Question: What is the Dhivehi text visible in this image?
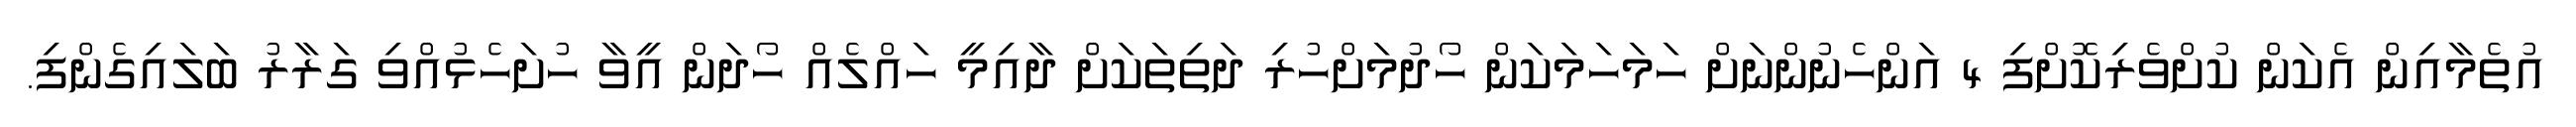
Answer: އުތެމާއިން އެކަން ކުށްވެރިކޮށްފި 4 އަންހެނުންނަށް ހަމަހަމަކަން ހޯދުމަށްހުރި ދަތިތަކަށް ދާއިމީ ހައްލެއް ހޯދަން އީވާ ހުށަހެޅުއްވި ގަރާރު ބަލައިގެންފި.